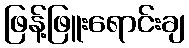
ဖြန့်ဖြူးရောင်းချ